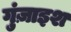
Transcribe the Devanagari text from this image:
गुंज़ाइश